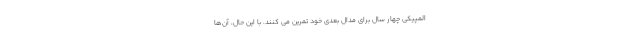
المپیکی چهار سال برای مدال بعدی خود تمرین می کنند. با این حال، آن­ها